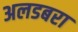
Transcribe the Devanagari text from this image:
अलडबरा